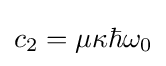
c_{2}=\mu \kappa \hbar \omega _{0}